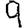
Digit: 9